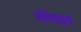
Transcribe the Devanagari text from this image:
सच्छिद्रता